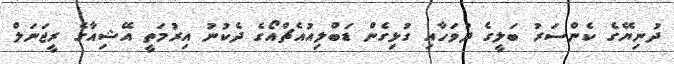
ދުނިޔޭގެ ކެންސަރު ބަލީގެ ދުވަހާއި ގުޅިގެން ޑަބްލިއުއެޗްއޯގެ ދެކުނު އިރުމަތީ އޭޝިއާގެ ރީޖަނަލް